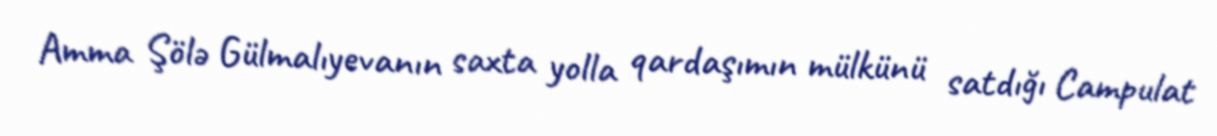
Amma Şölə Gülmalıyevanın saxta yolla qardaşımın mülkünü satdığı Campulat